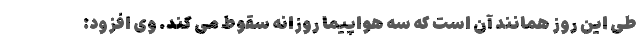
طی این روز همانند آن است که سه هواپیما روزانه سقوط می کند. وی افزود: